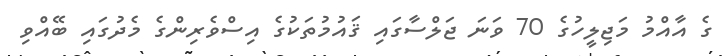
ގެ އާއްމު މަޖިލީހުގެ 70 ވަނަ ޖަލްސާގައި ޤައުމުތަކުގެ އިސްވެރިންގެ މެދުގައި ބޭއްވި